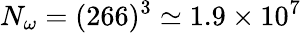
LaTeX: N_{\omega}=(266)^{3}\simeq 1.9\times 10^{7}